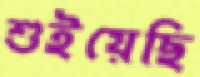
শুইয়েছি